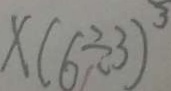
\times ( 6 \div 3 ) ^ { 3 }